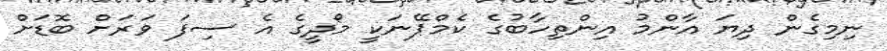
ނިމިގެން ދިޔަ އާންމު އިންތިހާބުގެ ކެމްޕޭނަކީ މޯދީގެ އެ ސިފަ ވަރަށް ބޮޑަށް